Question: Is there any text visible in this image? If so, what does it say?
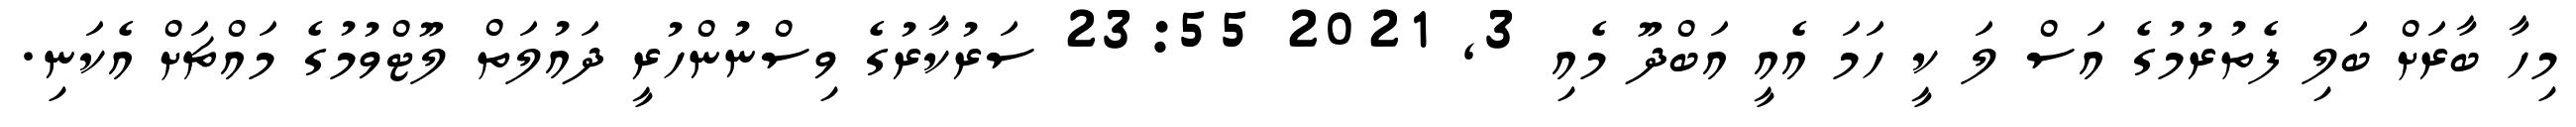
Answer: މިހާ ބާރަށް ބަލި ފެތުރުމުގެ އަސް ލަ ކީ ހަމަ އެއީ އަބްދޫ މެއި 3, 2021 23:55 ސަރުކާރުގެ ވިސްނުންހުރީ ދައުލަތް ލޫޓްވުމުގެ މައްޗަށް އެކަނި.